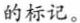
的标记。